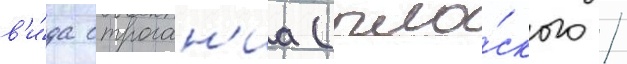
в'и́да строган'иа (пло́ского /